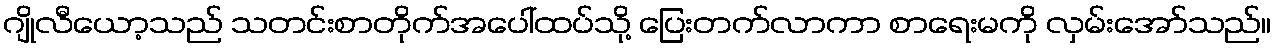
ဂျိုလီယော့သည် သတင်းစာတိုက်အပေါ်ထပ်သို့ ပြေးတက်လာကာ စာရေးမကို လှမ်းအော်သည်။